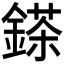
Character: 𨪩